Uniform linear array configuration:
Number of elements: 16
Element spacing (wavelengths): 0.25
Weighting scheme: hamming
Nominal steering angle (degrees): -15
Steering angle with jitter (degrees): -15.335
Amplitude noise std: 0.05
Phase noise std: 0.05

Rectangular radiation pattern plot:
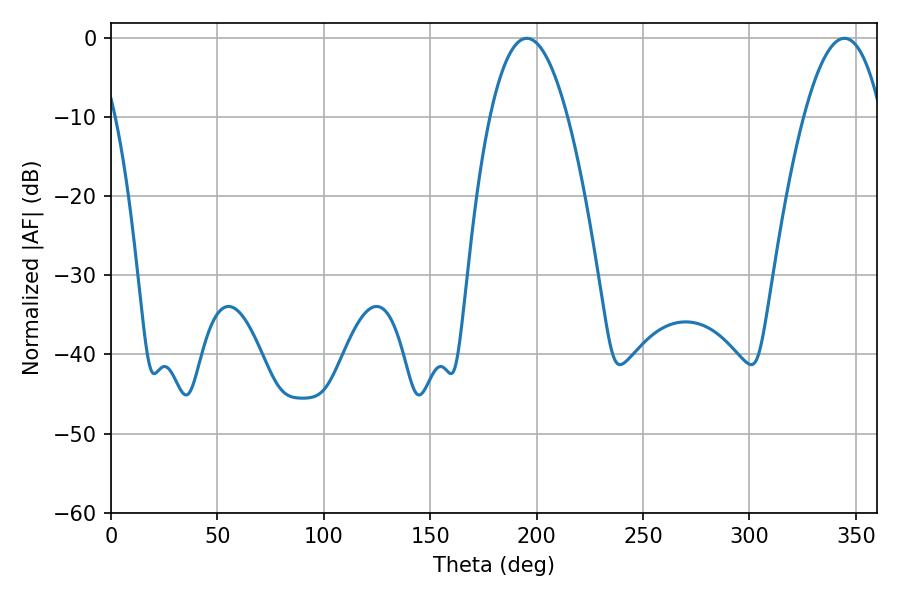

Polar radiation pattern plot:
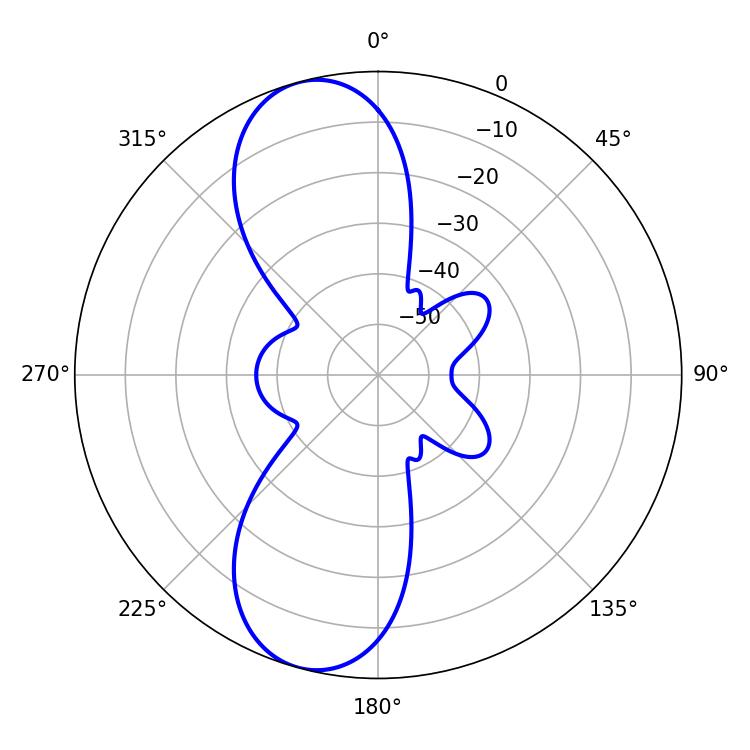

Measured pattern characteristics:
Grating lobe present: FALSE
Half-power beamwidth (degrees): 20.16
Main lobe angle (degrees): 195.3